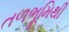
તળભૂમિથી